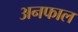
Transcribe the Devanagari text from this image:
अनफाल